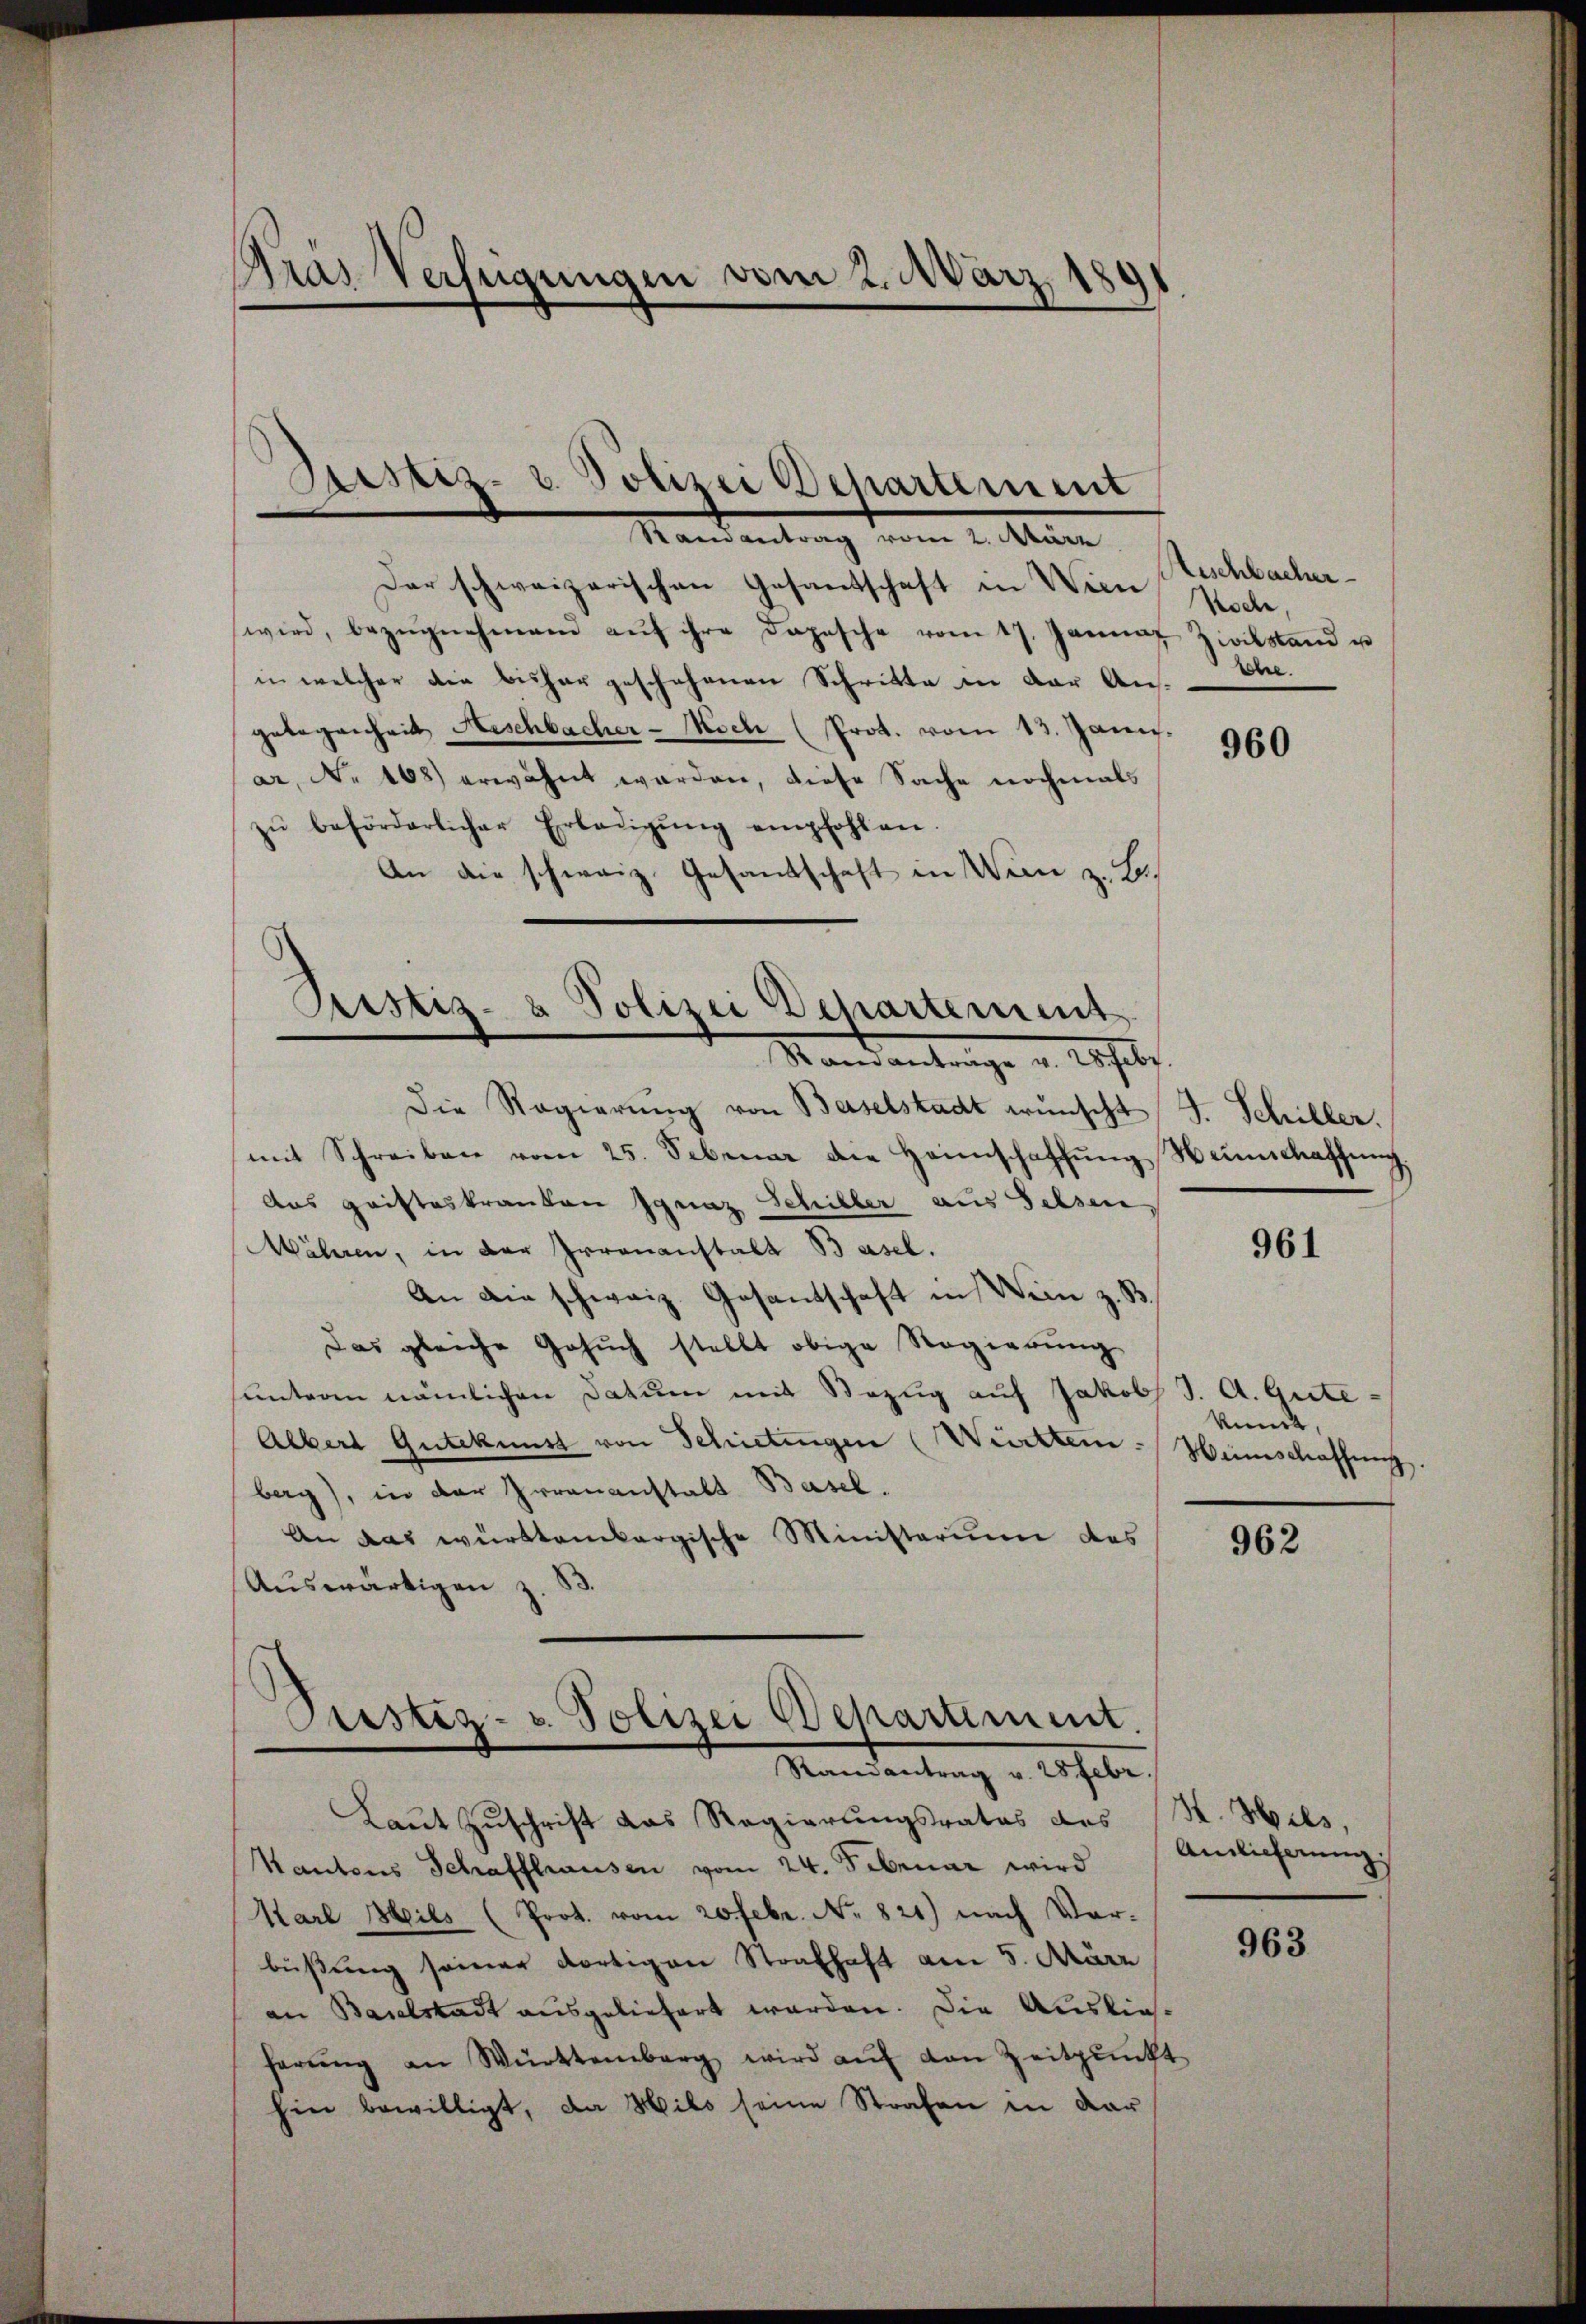
Gras Verfügungen vom 2. März 181

Sistiz- & Polizei Departement
e
Ramantrag vom 2. März

Der schweizerischen Gesandschaft in Wien Koch,
wird, bezŭgnehmend aŭf ihre Dopesche vom 17. Januar Zivilstand u
in welcher die bisher geschehenen Schritte in der Ausgelegenheit Anschbacher - Moch (Prot. vom 13. Jani.
ar. No 108) erwähnt werden, diese Sache nochmals
zŭ beförderlicher Erledigŭng empfohlen.
An die schweiz. Gesandschaft in Wien z. B.
Die Regierŭng von Baselstadt wünscht J. Schiller.
mit Schreiben vom 25. Februar die Heimschaffŭng Heinschaffun
Aus Gristeskranken Ignaz Schiller aus Felsen
Mähren, in der Irrenanstalt Basel.
An die schweiz. Gesandschaft in Wein z. B.
Das gleiche Gesuch stellt obige Regierung
sunteren nämlichen Datum mit Bezug auf Jakob J. A. Gute¬
Albert Gutekunst von Schietungen (Württem Weinschaffung
berg), in der Irrenanstalt Basel.
An das württembergische Ministerium des
Auswärtigen z. B.

Ristiz- & Polizei Departement
Mandantrage u. Asses.

Fristiz- u. Polizei Departement.
Randantrag v. 28 Febr.

Laut Zuschrift das Regierungsrates des St. Hils.
Kantons Schaffhausen vom 24. Februar wird
Karl Heils (Prot. vom 20 Febr. No. 821) nach Vorbüßung seiner dortigen Strafhaft am 5. März
an Baselstadt ausgeliefert werden. Die Auslief-
herŭng an Württemberg wird aŭf den Zeitpunkt
hin bewilligt, da Hilo seine Strafen in dar

Geschlacher
Ehe.

960

961

kint,

962

Anlieferung:

963